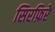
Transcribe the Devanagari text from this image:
सिरफ़िरे